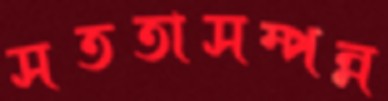
সততাসম্পন্ন